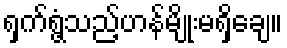
ရှက်ရွံ့သည့်ဟန်မျိုးမရှိချေ။